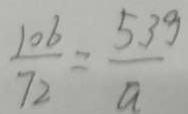
\frac { 1 0 6 } { 7 2 } = \frac { 5 3 g } { a }